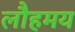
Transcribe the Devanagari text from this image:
लौहमय